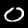
Label: 0